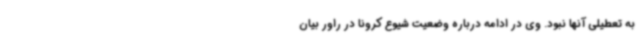
به تعطیلی آنها نبود. وی در ادامه درباره وضعیت شیوع کرونا در راور بیان